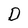
Character: D